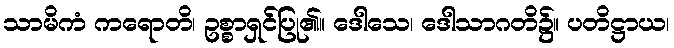
သာမိကံ ကရောတိ၊ ဥစ္စာရှင်ပြု၏။ ဒေါသေ၊ ဒေါသာဂတိ၌။ ပတိဋ္ဌာယ၊